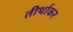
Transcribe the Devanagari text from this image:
तीर्थाकर